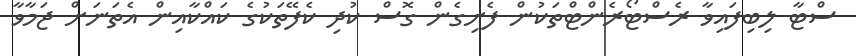
ސްޓާ ލިބިފައިވާ ރެސްޓޯރެންޓްތަކުން ފެށިގެން ގޮސް ކުދި ކެފޭތަކުގެ ކައްކާއިން އެތަނަށް ޖަމާވާ